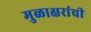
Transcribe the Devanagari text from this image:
मुळाक्षरांची